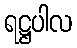
ရဋ္ဌပါလ